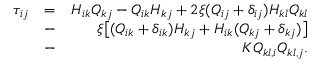
\begin{array} { r l r } { \tau _ { i j } } & { = } & { H _ { i k } Q _ { k j } - Q _ { i k } H _ { k j } + 2 \xi ( Q _ { i j } + \delta _ { i j } ) H _ { k l } Q _ { k l } } \\ & { - } & { \xi \big [ ( Q _ { i k } + \delta _ { i k } ) H _ { k j } + H _ { i k } ( Q _ { k j } + \delta _ { k j } ) \big ] } \\ & { - } & { K Q _ { k l , i } Q _ { k l , j } . } \end{array}